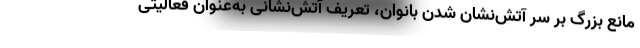
مانع بزرگ بر سر آتش‌نشان شدن بانوان، تعریف آتش‌نشانی به‌عنوان فعالیتی